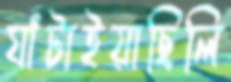
ঘাঁটাইয়াছিলি